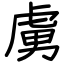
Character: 虜